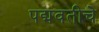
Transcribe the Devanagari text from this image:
पद्मवतीचे